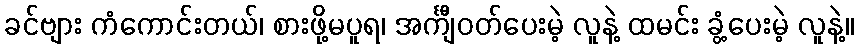
ခင်ဗျား ကံကောင်းတယ်၊ စားဖို့မပူရ၊ အင်္ကျီဝတ်ပေးမဲ့ လူနဲ့ ထမင်း ခွံ့ပေးမဲ့ လူနဲ့။